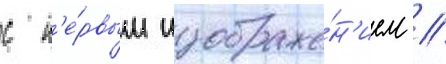
с п'е́рвым изображе́н'ием /